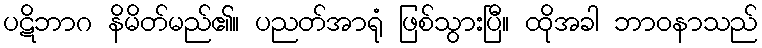
ပဋိဘာဂ နိမိတ်မည်၏။ ပညတ်အာရုံ ဖြစ်သွားပြီ။ ထိုအခါ ဘာဝနာသည်